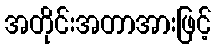
အတိုင်းအတာအားဖြင့်